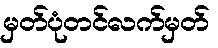
မှတ်ပုံတင်လက်မှတ်